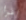
اقرأ